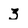
Character: 3